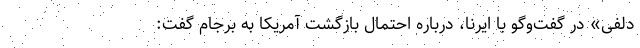
دلفی» در گفت‌وگو با ایرنا، درباره احتمال بازگشت آمریکا به برجام گفت: